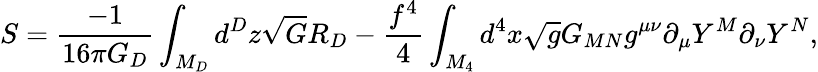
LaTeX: S=\frac{-1}{16\pi G_{D}}\int_{M_{D}}d^{D}z\sqrt{G}R_{D}-\frac{f^{4}}{4}\int_{M_{4}}d^{4}x\sqrt{g}G_{MN}g^{\mu\nu}\partial_{\mu}Y^{M}\partial_{\nu}Y^{N},